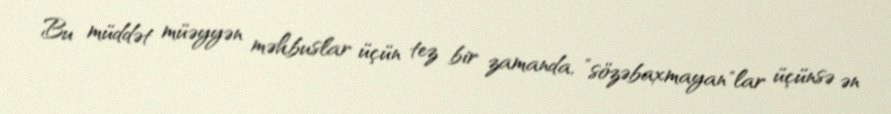
Bu müddət müəyyən məhbuslar üçün tez bir zamanda, ”sözəbaxmayan"lar üçünsə ən